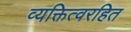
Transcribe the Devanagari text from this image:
व्यक्तित्वरहित